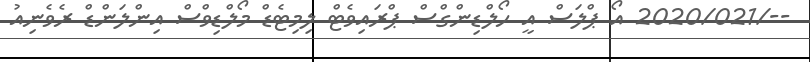
--/2020/021 އޯ ޕްލަސް އީ ހޯލްޑިންގްސް ޕްރައިވެޓް ލިިިމިޓެޑް މޯލްޑިވްސް އިންލަންޑް ރެވެނިއު